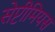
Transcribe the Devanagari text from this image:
सेप्टीमियस